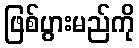
ဖြစ်ပွားမည်ကို